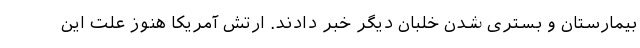
بیمارستان و بستری شدن خلبان دیگر خبر دادند. ارتش آمریکا هنوز علت این